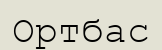
Ортбас